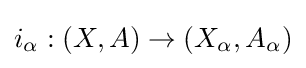
i_{\alpha }:(X,A)\to (X_{\alpha },A_{\alpha })